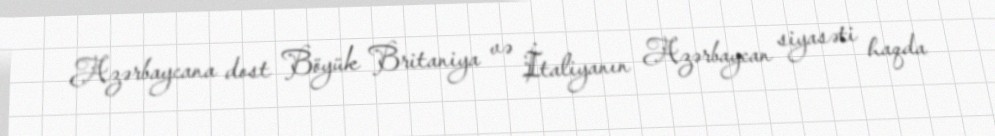
Azərbaycana dost Böyük Britaniya və İtaliyanın Azərbaycan siyasəti haqda